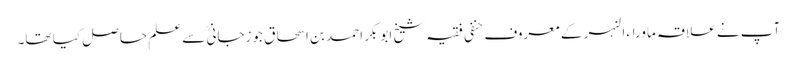
آپ نے علاقہ ماوراء النہر کے معروف حنفی فقیہ شیخ ابوبکر احمد بن اسحاق جوزجانی ؒسے علم حاصل کیا تھا۔